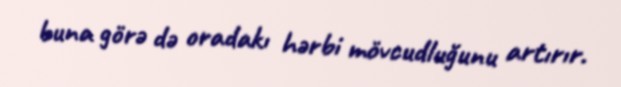
buna görə də oradakı hərbi mövcudluğunu artırır.